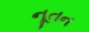
નૂતન